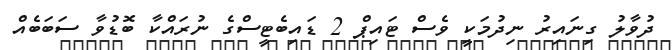
ދުވާލު ގިނައިރު ނިދުމަކީ ވެސް ޓައިޕް 2 ޑައިބެޓީސްގެ ނުރައްކާ ބޮޑުވާ ސަބަބެއް